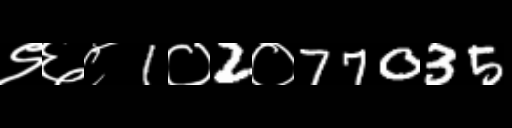
Text: ९६८1०2०77035